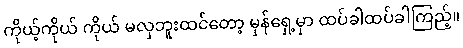
ကိုယ့်ကိုယ် ကိုယ် မလှဘူးထင်တော့ မှန်ရှေ့မှာ ထပ်ခါထပ်ခါကြည့်။